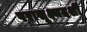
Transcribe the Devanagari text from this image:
परासूक्ष्मदर्शी